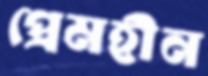
প্রেমহীন